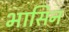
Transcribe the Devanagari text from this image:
भासिन